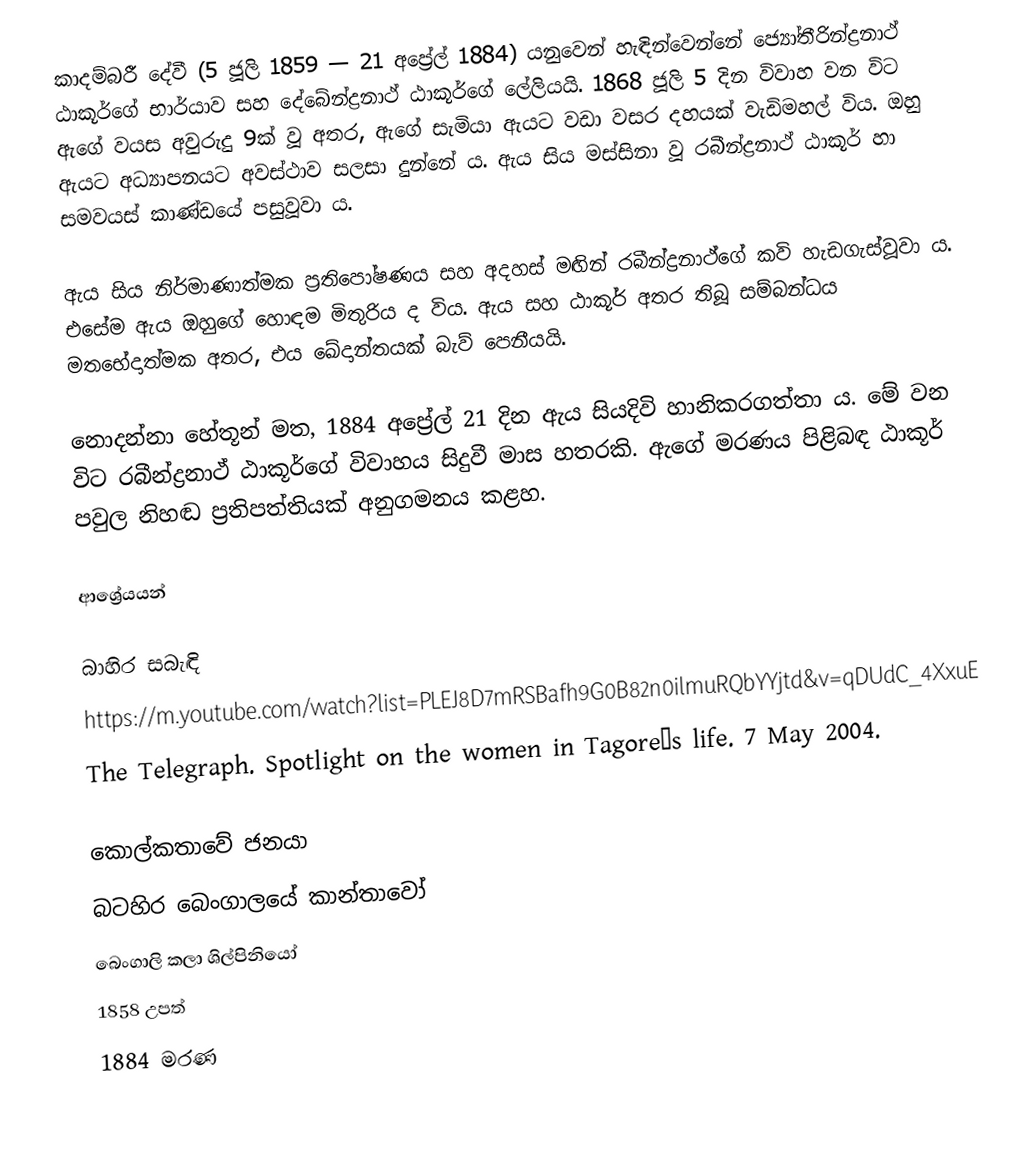
කාදම්බරී දේවී (5 ජූලි 1859 — 21 අප්‍රේල් 1884) ‍යනුවෙන් හැඳින්වෙන්නේ ජ්‍යෝතීරින්ද්‍රනාථ් ඨාකූර්ගේ භාර්යාව සහ දේබේන්ද්‍රනාථ් ඨාකූර්ගේ ලේලියයි. 1868 ජූලි 5 දින විවාහ වන විට ඇගේ වයස අවුරුදු 9ක් වූ අතර, ඇගේ සැමියා ඇයට වඩා වසර දහයක් වැඩිමහල් විය. ඔහු ඇයට අධ්‍යාපනයට අවස්ථාව සලසා දුන්නේ ය. ඇය සිය මස්සිනා වූ රබීන්ද්‍රනාථ් ඨාකූර් හා සමවයස් කාණ්ඩයේ පසුවූවා ය.

ඇය සිය නිර්මාණාත්මක ප්‍රතිපෝෂණය සහ අදහස් මඟින් රබීන්ද්‍රනාථ්ගේ කවි හැඩගැස්වූවා ය. එසේම ඇය ඔහුගේ හොඳම මිතුරිය ද විය. ඇය සහ ඨාකූර් අතර තිබූ සම්බන්ධය මතභේදාත්මක අතර, එය ඛේදාන්තයක් බැව් පෙනීයයි.

නොදන්නා හේතූන් මත, 1884 අප්‍රේල් 21 දින ඇය සියදිවි හානිකරගත්තා ය. මේ වන විට රබීන්ද්‍රනාථ් ඨාකූර්ගේ විවාහය සිදුවී මාස හතරකි. ඇගේ මරණය පිළිබඳ ඨාකූර් පවුල නිහඬ ප්‍රතිපත්තියක් අනුගමනය කළහ.

ආශ්‍රේයයන්

බාහිර සබැඳි
 https://m.youtube.com/watch?list=PLEJ8D7mRSBafh9G0B82n0ilmuRQbYYjtd&v=qDUdC_4XxuE
 The Telegraph. Spotlight on the women in Tagore’s life. 7 May 2004.

කොල්කතාවේ ජනයා
බටහිර බෙංගාලයේ කාන්තාවෝ
බෙංගාලි කලා ශිල්පිනියෝ
1858 උපත්
1884 මරණ